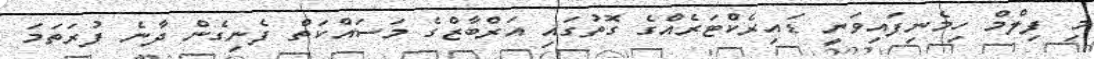
މި ފިލްމް ހިމެނިފައިވަނީ ޑައިރެކްޓަރެއްގެ ގޮތުގައި އަރްބާޒްގެ މަސައްކަތް ފެނިގެން ދާނެ ފުރަތަމަ